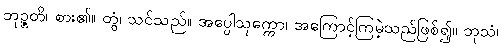
ဘုဉ္ဇတိ၊ စား၏။ တွံ၊ သင်သည်။ အပ္ပေါသုက္ကော၊ အကြောင့်ကြမဲ့သည်ဖြစ်၍။ ဘုသံ၊